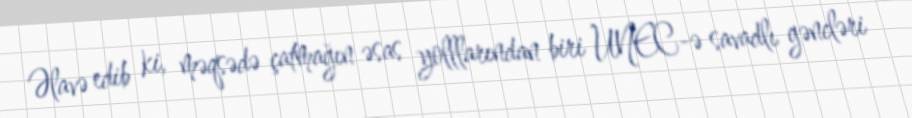
Əlavə edib ki, məqsədə çatmağın əsas yolllarından biri UNEC-ə savadlı gəncləri